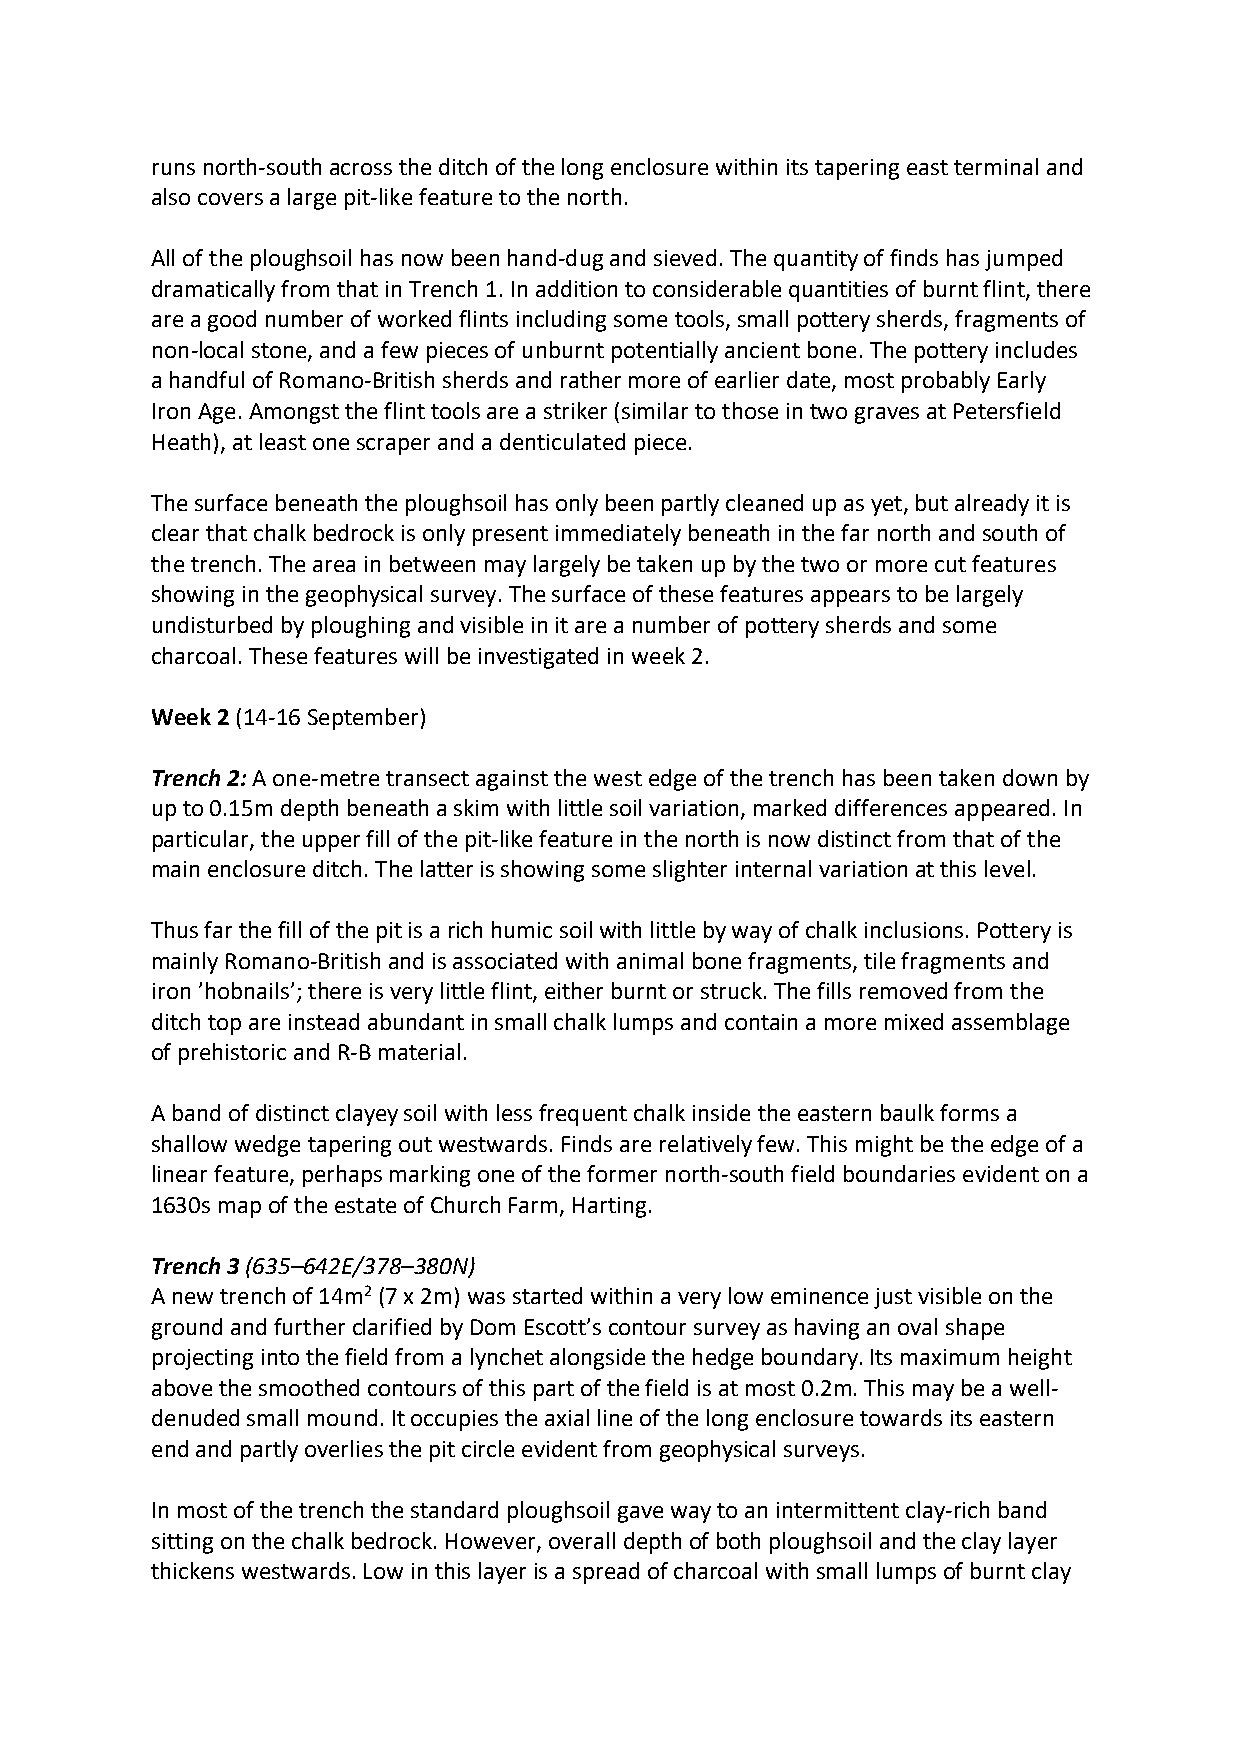
runs north-south across the ditch of the long enclosure within its tapering east terminal and
 also covers a large pit-like feature to the north.
 All of the ploughsoil has now been hand-dug and sieved. The quantity of finds has jumped
 dramatically from that in Trench 1. In addition to considerable quantities of burnt flint, there
 are a good number of worked flints including some tools, small pottery sherds, fragments of
 non-local stone, and a few pieces of unburnt potentially ancient bone. The pottery includes
 a handful of Romano-British sherds and rather more of earlier date, most probably Early
 Iron Age. Amongst the flint tools are a striker (similar to those in two graves at Petersfield
 Heath), at least one scraper and a denticulated piece.
 The surface beneath the ploughsoil has only been partly cleaned up as yet, but already it is
 clear that chalk bedrock is only present immediately beneath in the far north and south of
 the trench. The area in between may largely be taken up by the two or more cut features
 showing in the geophysical survey. The surface of these features appears to be largely
 undisturbed by ploughing and visible in it are a number of pottery sherds and some
 charcoal. These features will be investigated in week 2.
 Week 2 (14-16 September)
 Trench 2: A one-metre transect against the west edge of the trench has been taken down by
 up to 0.15m depth beneath a skim with little soil variation, marked differences appeared. In
 particular, the upper fill of the pit-like feature in the north is now distinct from that of the
 main enclosure ditch. The latter is showing some slighter internal variation at this level.
 Thus far the fill of the pit is a rich humic soil with little by way of chalk inclusions. Pottery is
 mainly Romano-British and is associated with animal bone fragments, tile fragments and
 iron ’hobnails’; there is very little flint, either burnt or struck. The fills removed from the
 ditch top are instead abundant in small chalk lumps and contain a more mixed assemblage
 of prehistoric and R-B material.
 A band of distinct clayey soil with less frequent chalk inside the eastern baulk forms a
 shallow wedge tapering out westwards. Finds are relatively few. This might be the edge of a
 linear feature, perhaps marking one of the former north-south field boundaries evident on a
 1630s map of the estate of Church Farm, Harting.
 Trench 3 (635–642E/378–380N)
 A new trench of 14m2 (7 x 2m) was started within a very low eminence just visible on the
 ground and further clarified by Dom Escott’s contour survey as having an oval shape
 projecting into the field from a lynchet alongside the hedge boundary. Its maximum height
 above the smoothed contours of this part of the field is at most 0.2m. This may be a well-
 denuded small mound. It occupies the axial line of the long enclosure towards its eastern
 end and partly overlies the pit circle evident from geophysical surveys.
 In most of the trench the standard ploughsoil gave way to an intermittent clay-rich band
 sitting on the chalk bedrock. However, overall depth of both ploughsoil and the clay layer
 thickens westwards. Low in this layer is a spread of charcoal with small lumps of burnt clay